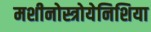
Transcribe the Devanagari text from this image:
मशीनोस्त्रोयेनिशिया